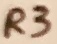
Text: R3